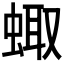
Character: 𧌗